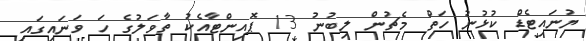
ޔުނައިޓެޑް ކުޅުނު ހަތް މެޗުން ލިބުނު 13 ޕޮއިންޓާއެކު ތާވަލުގެ ހަ ވަނައިގައި